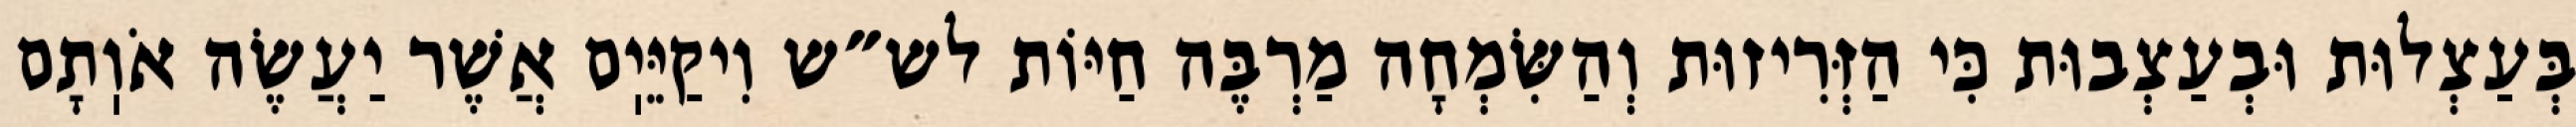
בְּעַצְלוּת וּבְעַצְבוּת כִּי הַזְּרִיזוּת וְהַשִּׂמְחָה מַרְבֶּה חַיּוֹת לש״ש וִיקַיֵּיֽם אֲשֶׁר יַעֲשֶׂה אֹוֽתָם